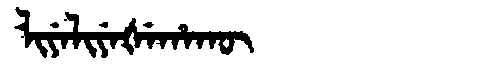
Manchu: ᠯᡳᠶᡝᠯᡳᠶᡝᡧᡝᡥᠠᡴᡡ
Romanization: LIYELIYEŠEHAKŪ